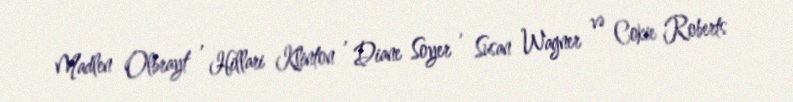
Madlen Olbrayt , Hillari Klinton , Diane Soyer , Susan Wagner və Cokie Roberts